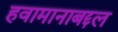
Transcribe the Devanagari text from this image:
हवामानाबद्दल